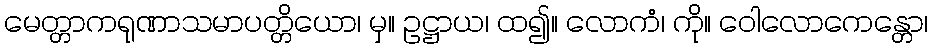
မေတ္တာကရုဏာသမာပတ္တိယော၊ မှ။ ဥဋ္ဌာယ၊ ထ၍။ လောကံ၊ ကို။ ဝေါလောကေန္တော၊